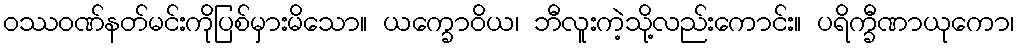
ဝဿဝဏ်နတ်မင်းကိုပြစ်မှားမိသော။ ယက္ခောဝိယ၊ ဘီလူးကဲ့သို့လည်းကောင်း။ ပရိက္ခီဏာယုကော၊